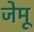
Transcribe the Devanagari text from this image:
जेमू